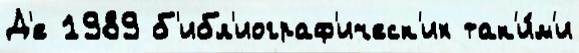
Д'е 1989 б'ибл'иограф'ическ'их так'и́м'и